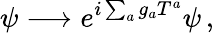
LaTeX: \psi\longrightarrow e^{i\sum_{a}g_{a}T^{a}}\psi\, ,